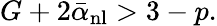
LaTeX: G+2\bar{\alpha}_{\mathrm{nl}}>3-p.